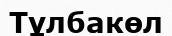
Тұлбакөл